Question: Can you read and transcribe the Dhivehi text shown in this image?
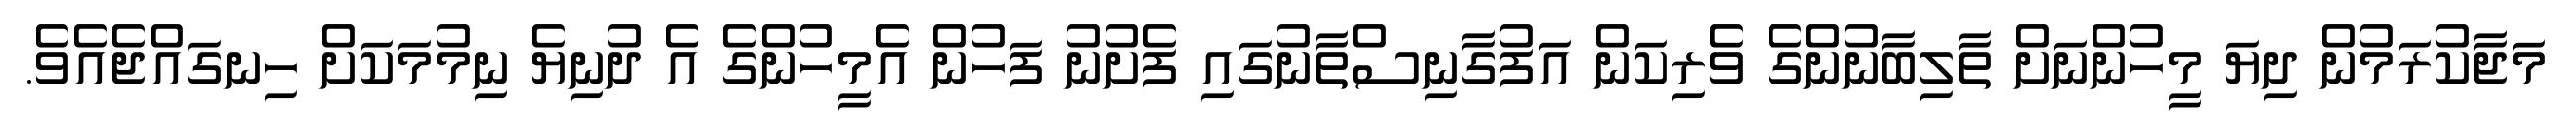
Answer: މަޖާކުރަމުން ދިޔަ މީހުންނަށް ތާލިބާނުންގެ ވެރިކަން އަފުގާނިސްތާނުގައި ފެށުނު ފަހުން އެމީހުންގެ އެ ދުނިޔެ ނިމުމަކަށް ހިނގައްޖެއެވެ.